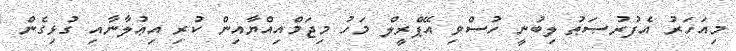
މިއަހަރު އެފުރުޞަޠު ލިބުނީ ހުސްވި އޭޕްރީލް މަހު މިޖަމްއިއްޔާއިން ކުރި އިޢުލާނާއި ގުޅިގެން